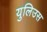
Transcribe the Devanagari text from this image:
युलिउस